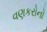
વણકરોનો